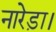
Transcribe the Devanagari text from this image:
नारेड़ा।